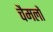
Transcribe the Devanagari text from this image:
चैमलों